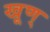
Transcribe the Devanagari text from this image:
खूण्